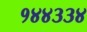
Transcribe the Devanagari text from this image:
१४४३३४